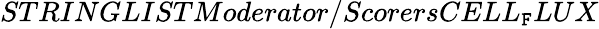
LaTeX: STRINGLISTModerator/ScorersCELL_{\mathtt{F}}LUX